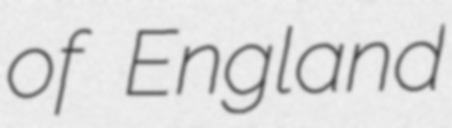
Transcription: of England